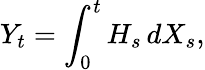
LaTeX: Y_{t}=\int_{0}^{t}H_{s}\, dX_{s},